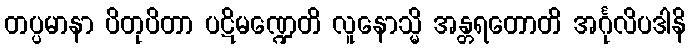
တပ္ပမာနာ ပိတုပိတာ ပဋိမဏ္ဍေတိ လူနောသ္မိ အန္တရတောတိ အင်္ဂုလိပဒါနိ